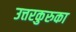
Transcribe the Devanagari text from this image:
उत्तरकुरुका